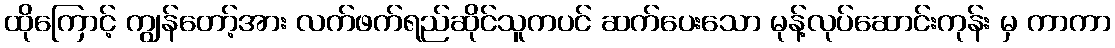
ထိုကြောင့် ကျွန်တော့်အား လက်ဖက်ရည်ဆိုင်သူကပင် ဆက်ပေးသော မုန့်လုပ်ဆောင်းကုန်း မှ ကာကာ